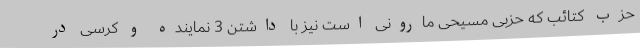
حزب کتائب که حزبی مسیحی مارونی است نیز با داشتن 3 نماینده و کرسی در